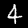
Digit: 4